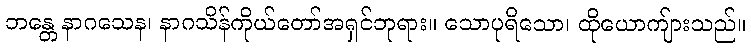
ဘန္တေ နာဂသေန၊ နာဂသိန်ကိုယ်တော်အရှင်ဘုရား။ သောပုရိသော၊ ထိုယောကျ်ားသည်။